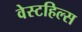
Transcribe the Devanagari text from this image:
वेस्टहिल्स